Burma Government Medical School reports 1907-22
Year: 1907
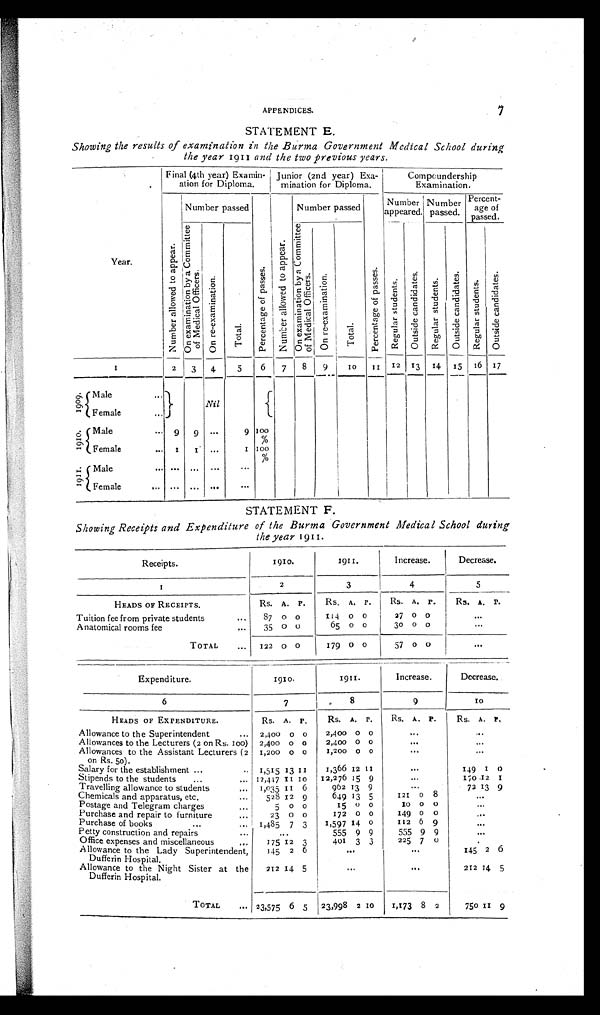
APPENDICES.
7
STATEMENT E.
Showing the results of examination in the Burma Government Medical School during
the year 1911 and the two previous years.
Year.
Final (4th year) Examin-
ation for Diploma.
Junior (2nd year) Exa-
minationfor Diploma.
Compoundership
Examination.
N u m b e r a l l o w e d t o a p p e a r .
N u m b e r p a s s e d .
p e r c e n t a g e o f a p s s a g e s .
N u m b e r a l l o w e d t o a p p e a r .
Number passed
P e r c e n t a g e o f p a s s a g e s .
Number
appeared.
Number
passed.
Percent-
age of
passed.
O n e x a m i n a t i o n b y a C o m m i t t e e o f M e d i c a l O f f i c e r s .
O n e x a m i n a t i o n .
Total.
O n e x a m i n a t i o n b y a C o m m i t t e e o f M e d i c a l O f f i c e r s .
O n r e - e x a m i n a t i o n .
T o t a l .
R e g u l a r s u d e n t s .
O u t s i d e s t u d e n t s .
R e g u a l r s t u d e n t s . O u t s i d e s t u d e n t s .
R e g u l a r s t u d e n t s .
O t s i d e s t u d e n t s .
1
2
3
4
5
6
7
8
9
10 11 12 13 14 15 16 17
1909.
Male
. . .
Nil
Female
. . .
1910.
Male
. . . 9 9 ...
9 100
%
Female
. . . 1 1 ...
1 100%
1911.
M a l e . . .
......... ...
Female
...
...
STATEMENT F.
Showing Receipts and Expenditure of the Burma Government Medical School during
the
year
1911.
Receipts.
1910.
1911.
Increase.
Decrease.
1
2
3
4
5
HEADS OF RECEIPTS.
Rs. A. P.
Rs. A. P.
Rs. A. P.
Rs. A. P.
Tuition fee from private students
... 87 0 0
114 0 0
27 0 0
...
Anatomical rooms fee
...
35 0 0
65 0 0
30 0 0
...
TOTAL
... 122 0 0
179 0 0
57 0 0
...
Expenditure.
1910.
1911.
Increase.
Decrease.
6
7
8
9
10
HEADS OF EXPENDITURE.
Rs. A. P.
Rs. A. P.
Rs. A. P.
Rs. A. P,
Allowance to the Superintendent
... 2,400 0 o
2,400 0
...
...
Allowances to the Lecturers (2 cm Rs. too) 2,400 0 o
2,400 0 0
...
Allowances to the Assistant Lecturers (2
On Rs. so).
1,200 0 0
1,200 0 0
...
Salary for the establishment ...
.. 1,315 13 11
1,366 12 11
...
149 1 0
Stipends to the students
... ...
12,447 11 10 12,276 15 9
...
170 12 1
T r a v e l l i n g a l l o w a n c e t o s t u d e n t s .
Travelling allowance to students
... 1,035 11 6
902 13 9
...
72 13 9
Chemicals and apparatus, etc.
.....
528 12 9
649 13 5
121 0 8
...
Postage and Telegram charges
...
5 0 0
15 0 0
10 0 0
...
Purchase and repair to furniture
...
23 0 0
172 0 0
149 0 0
...
Purchase of books...
1,485 7 3
1,597 1 0
112 6 9
...
Petty construction and repairs...
...
555
9 9
555 9 9
...
Office expenses and miscellaneous... 175 12 3
401 3 3
225 7 0
...
Allowance to the Lady Superintendent,
Dufferin Hospital.
145 2 6
...
...
145 2 6
Allowance to the Night Sister at the
Dufferin Hospital.
212 14 5
...
...
212 14 5
TOTAL
.. 23,575 6 5 23,998 2 10
1,173 8 2
750 11 9